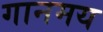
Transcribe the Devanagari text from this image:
गानमय